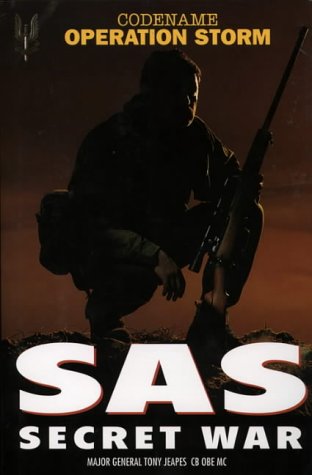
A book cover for SAS Secret War; Tony Jeapes; History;